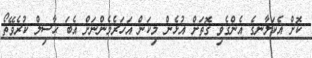
ކޮށް އެކަލާނގެ އެންގެވި ގޮތަށް އުޅެން މިކަން އަހަރެމެންނަށް އެބަ ޙާސިލް ކުރެވޭތޯ